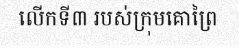
លើកទី៣ របស់ក្រុមគោព្រៃ